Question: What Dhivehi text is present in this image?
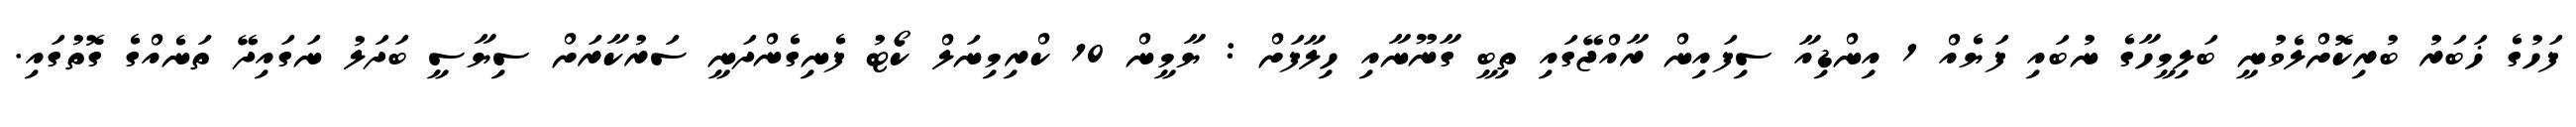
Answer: ފަހުގެ ޚަބަރު ބުރިކޮށްލެވުނީ ބަލިމީހާގެ ނުބައި ފަޔެއް 1 އިންޑިއާ ސިފައިން ރާއްޖޭގައި ތިބީ ގާނޫނާއި ހިލާފަށް : ޔާމީން 10 ކްރިމިނަލް ކޯޓު ފެނިގެންދަނީ ސަރުކާރަށް ސިޔާސީ ބަދަލު ނަގައިދޭ ތަނެއްގެ ގޮތުގައި.